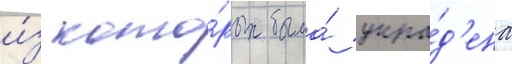
и́з кото́рых была́ укра́д'ена